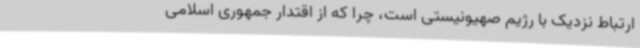
ارتباط نزدیک با رژیم صهیونیستی است، چرا که از اقتدار جمهوری اسلامی